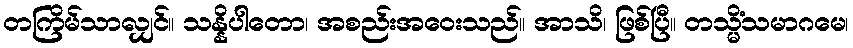
တကြိမ်သာလျှင်။ သန္နိပါတော၊ အစည်းအဝေးသည်။ အာသိ၊ ဖြစ်ပြီ။ တသ္မိံသမာဂမေ၊